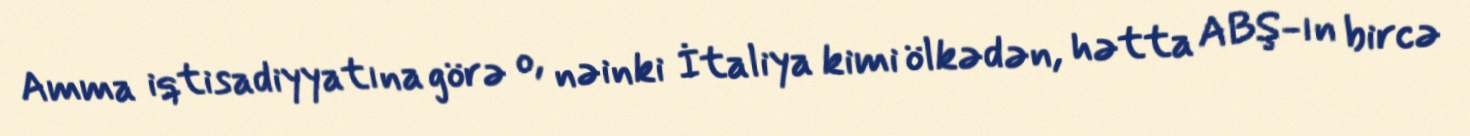
Amma iqtisadiyyatına görə o, nəinki İtaliya kimi ölkədən, hətta ABŞ-ın bircə